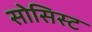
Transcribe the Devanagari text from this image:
सोसिस्ट